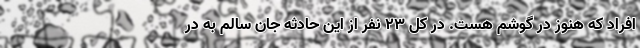
افراد که هنوز در گوشم هست. در کل ۲۳ نفر از این حادثه جان سالم به در